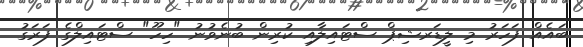
ބައެއް ފަހަރު މި ލީޑަރޝިޕް ސްޓައިލާއި ކުރިން ބުނެވުނު "ހިހޫ" ސްޓައިލްގެ ފަރަގު